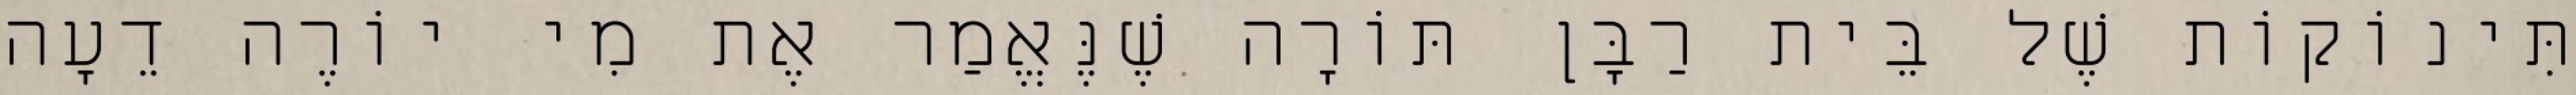
תִּינוֹקוֹת שֶׁל בֵּית רַבָּן תּוֹרָה שֶׁנֶּאֱמַר אֶת מִי יוֹרֶה דֵעָה